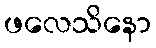
ဖလေသိနော